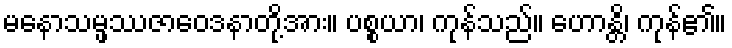
မနောသမ္ဖဿဇာဝေဒနာတို့အား။ ပစ္စယာ၊ ကုန်သည်။ ဟောန္တိ၊ ကုန်၏။